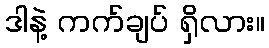
ဒါနဲ့ ကက်ချပ် ရှိလား။